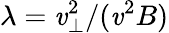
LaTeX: \lambda=\mathit{v}_{\perp}^{2}/(\mathit{v}^{2}B)